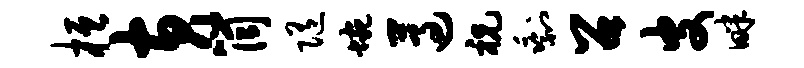
桓黄筒随蜿遵祝剩召皮畔